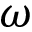
\omega